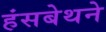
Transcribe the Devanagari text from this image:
हंसबेथने